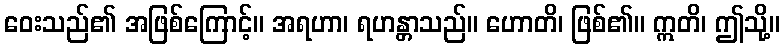
ဝေးသည်၏ အဖြစ်ကြောင့်။ အရဟာ၊ ရဟန္တာသည်။ ဟောတိ၊ ဖြစ်၏။ ဣတိ၊ ဤသို့။